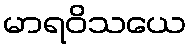
မာရဝိသယေ